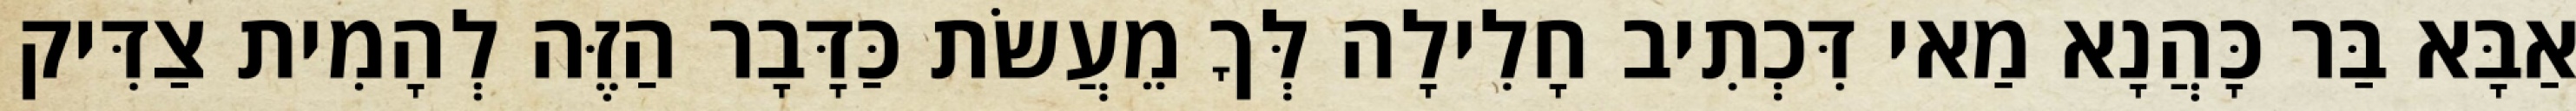
אַבָּא בַּר כָּהֲנָא מַאי דִּכְתִיב חָלִילָה לְּךָ מֵעֲשֹׂת כַּדָּבָר הַזֶּה לְהָמִית צַדִּיק